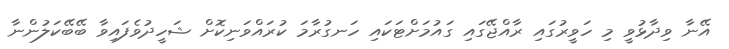
އޭނާ ވިދާޅުވީ މި ހަވީރުގައި ރާއްޖޭގައި ގައުމަށްޓަކައި ހަނގުރާމަ ކުރައްވަނިކޮށް ޝަހީދުވެފައިވާ ބޭބޭކަލުންނާ